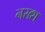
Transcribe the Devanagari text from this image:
नख्श